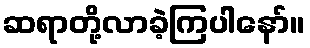
ဆရာတို့လာခဲ့ကြပါနော်။